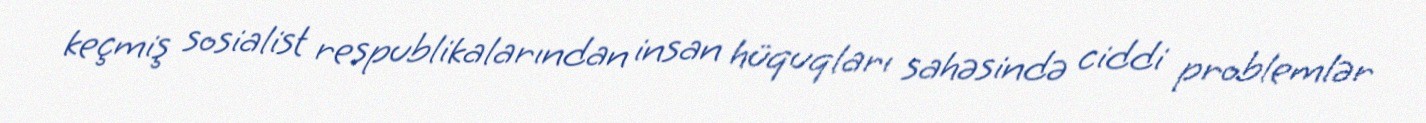
keçmiş sosialist respublikalarından insan hüquqları sahəsində ciddi problemlər